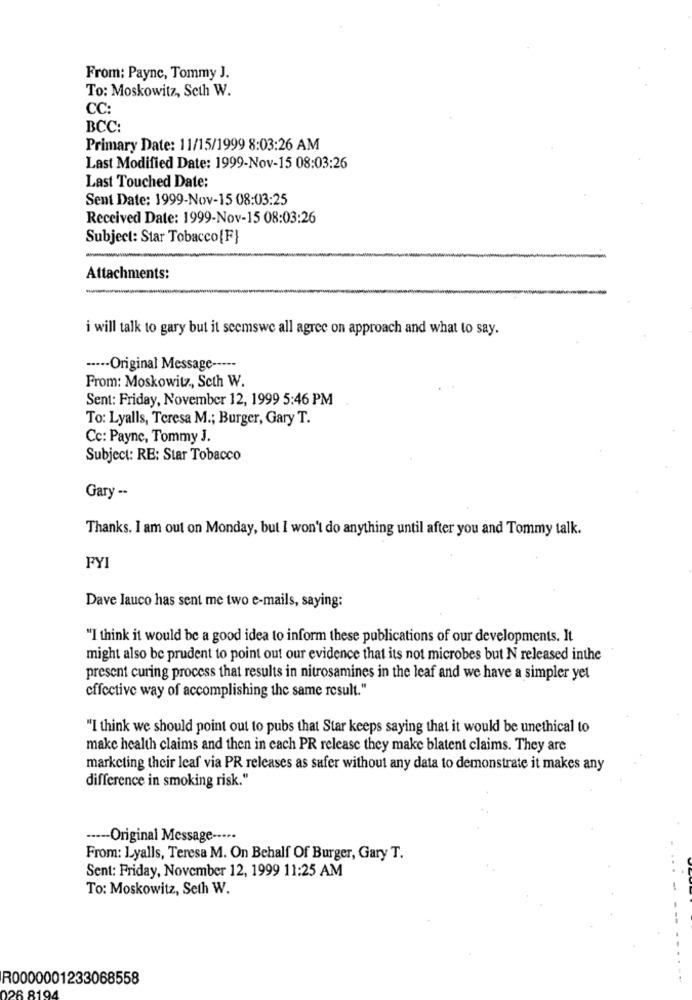
From: Payne, Tommy J.
To: Moskowitz, Seth W.
CC:
BCC:
Primary Date: 11/15/1999 8:03:26 AM
Last Modified Date: 1999-Nov-15 08:03:26
Last Touched Date:
Sent Date: 1999-Nov-15 08:03:25
Received Date: 1999-Nov-15 08:03:26
Subject: Star Tobacco{F}
Attachments:
i will talk to gary but it seemswe all agree on approach and what to say.
...-- Original Message -----
From: Moskowitz ., Seth W.
Sent: Friday, November 12, 1999 5:46 PM
To: Lyalls, Teresa M .; Burger, Gary T.
Cc: Payne, Tommy J.
Subject: RE: Star Tobacco
Gary -.
Thanks. I am out on Monday, but I won't do anything until after you and Tommy talk.
FYI
Dave Jauco has sent me two e-mails, saying:
"I think it would be a good idea to inform these publications of our developments. It
might also be prudent to point out our evidence that its not microbes but N released inthe
present curing process that results in nitrosamines in the leaf and we have a simpler yet
effective way of accomplishing the same result."
"I think we should point out to pubs that Star keeps saying that it would be unethical to
make health claims and then in each PR release they make blatent claims. They are
marketing their leaf via PR releases as safer without any data to demonstrate it makes any
difference in smoking risk."
---- Original Message --...
From: Lyalls, Teresa M. On Behalf Of Burger, Gary T.
Sent: Friday, November 12, 1999 11:25 AM
To: Moskowitz, Seth W.
R0000001233068558
26 8194